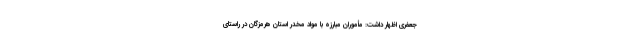
جعفری اظهار داشت: مأموران مبارزه با مواد مخدر استان هرمزگان در راستای